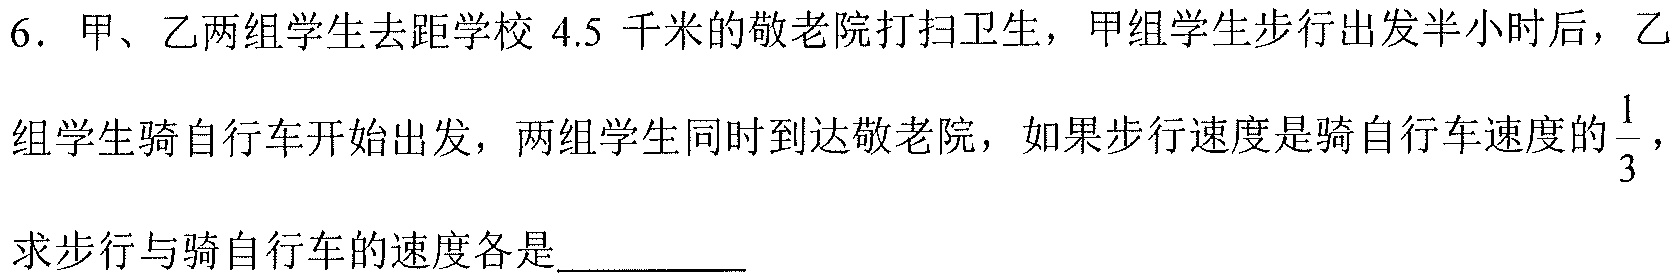
6. 甲、乙两组学生去距学校\(4.5\)千米的敬老院打扫卫生，甲组学生步行出发半小时后，乙
组学生骑自行车开始出发，两组学生同时到达敬老院，如果步行速度是骑自行车速度的\(\frac{1}{3}\)，
求步行与骑自行车的速度各是_________